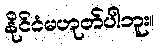
နိုင်ငံမဟုတ်ပါဘူး။